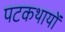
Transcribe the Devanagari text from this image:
पटकथायों